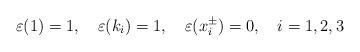
LaTeX: \begin{align*}\varepsilon (1)=1,\quad \varepsilon (k_i)=1,\quad \varepsilon (x^\pm_i)=0,\quad i=1,2,3\end{align*}